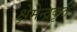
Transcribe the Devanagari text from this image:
क्षेमेन्द्रकृत